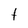
Character: t